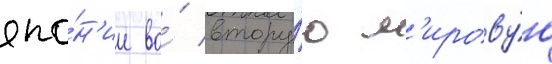
япо́н'ии во́ втору́ю м'ирову́ю